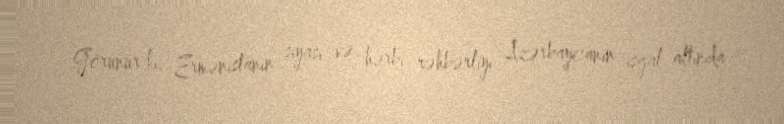
Görünür ki, Ermənistanın siyasi və hərbi rəhbərliyi Azərbaycanın işğal altında